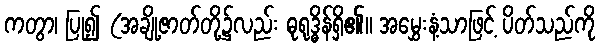
ကတွာ၊ ပြု၍ (အချို့ဇာတ်တို့၌လည်း ဓုရုဒ္ဓိန်ရှိ၏။ အမွှေးနံ့သာဖြင့် ပိတ်သည်ကို